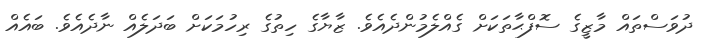
ދުވަސްތައް މާޒީގެ ސޮފްޙާތަކަށް ގެއްލެމުންދެއެވެ. ޒާޔާގެ ހިތުގެ ރިހުމަކަށް ބަދަލެއް ނާދެއެވެ. ބައެއް